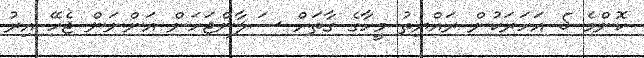
ކޮންމެ 5 އަހަރަކުން ރައްޔިތު މީހާގެ ގާތަށް ސަލާންޖަހަން އަންނަން ޖެހޭ އިރު